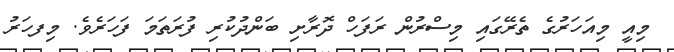
މިއީ މިއަހަރުގެ ތެރޭގައި މިސްރުން ރަފަހް ދޮރާށި ބަންދުކުރި ފުރަތަމަ ފަހަރެވެ. މިފހަރު